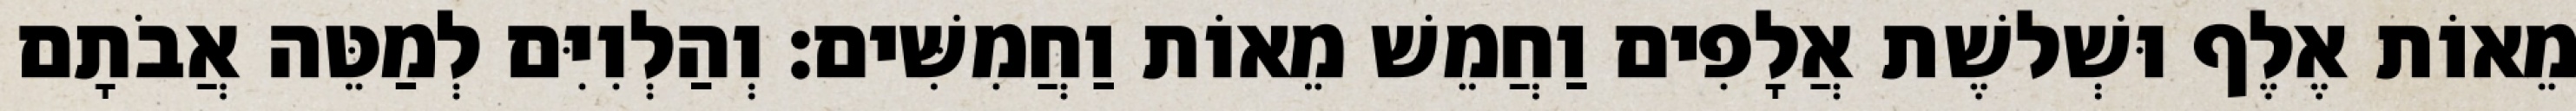
מֵאוֹת אֶלֶף וּשְׁלשֶׁת אֲלָפִים וַחֲמֵשׁ מֵאוֹת וַחֲמִשִּׁים׃ וְהַלְוִיִּם לְמַטֵּה אֲבֹתָם